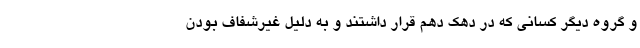
و گروه دیگر کسانی که در دهک دهم قرار داشتند و به دلیل غیرشفاف بودن